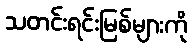
သတင်းရင်းမြစ်များကို